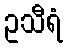
ဥသီရံ